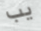
يب